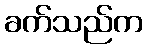
ခက်သည်က